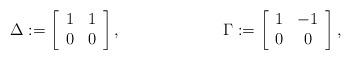
LaTeX: \begin{align*} &\Delta:=\left[\begin{array}{cc}1&1\\0&0\end{array}\right], &&\Gamma:=\left[\begin{array}{cc}1&-1\\0&0\end{array}\right], \end{align*}